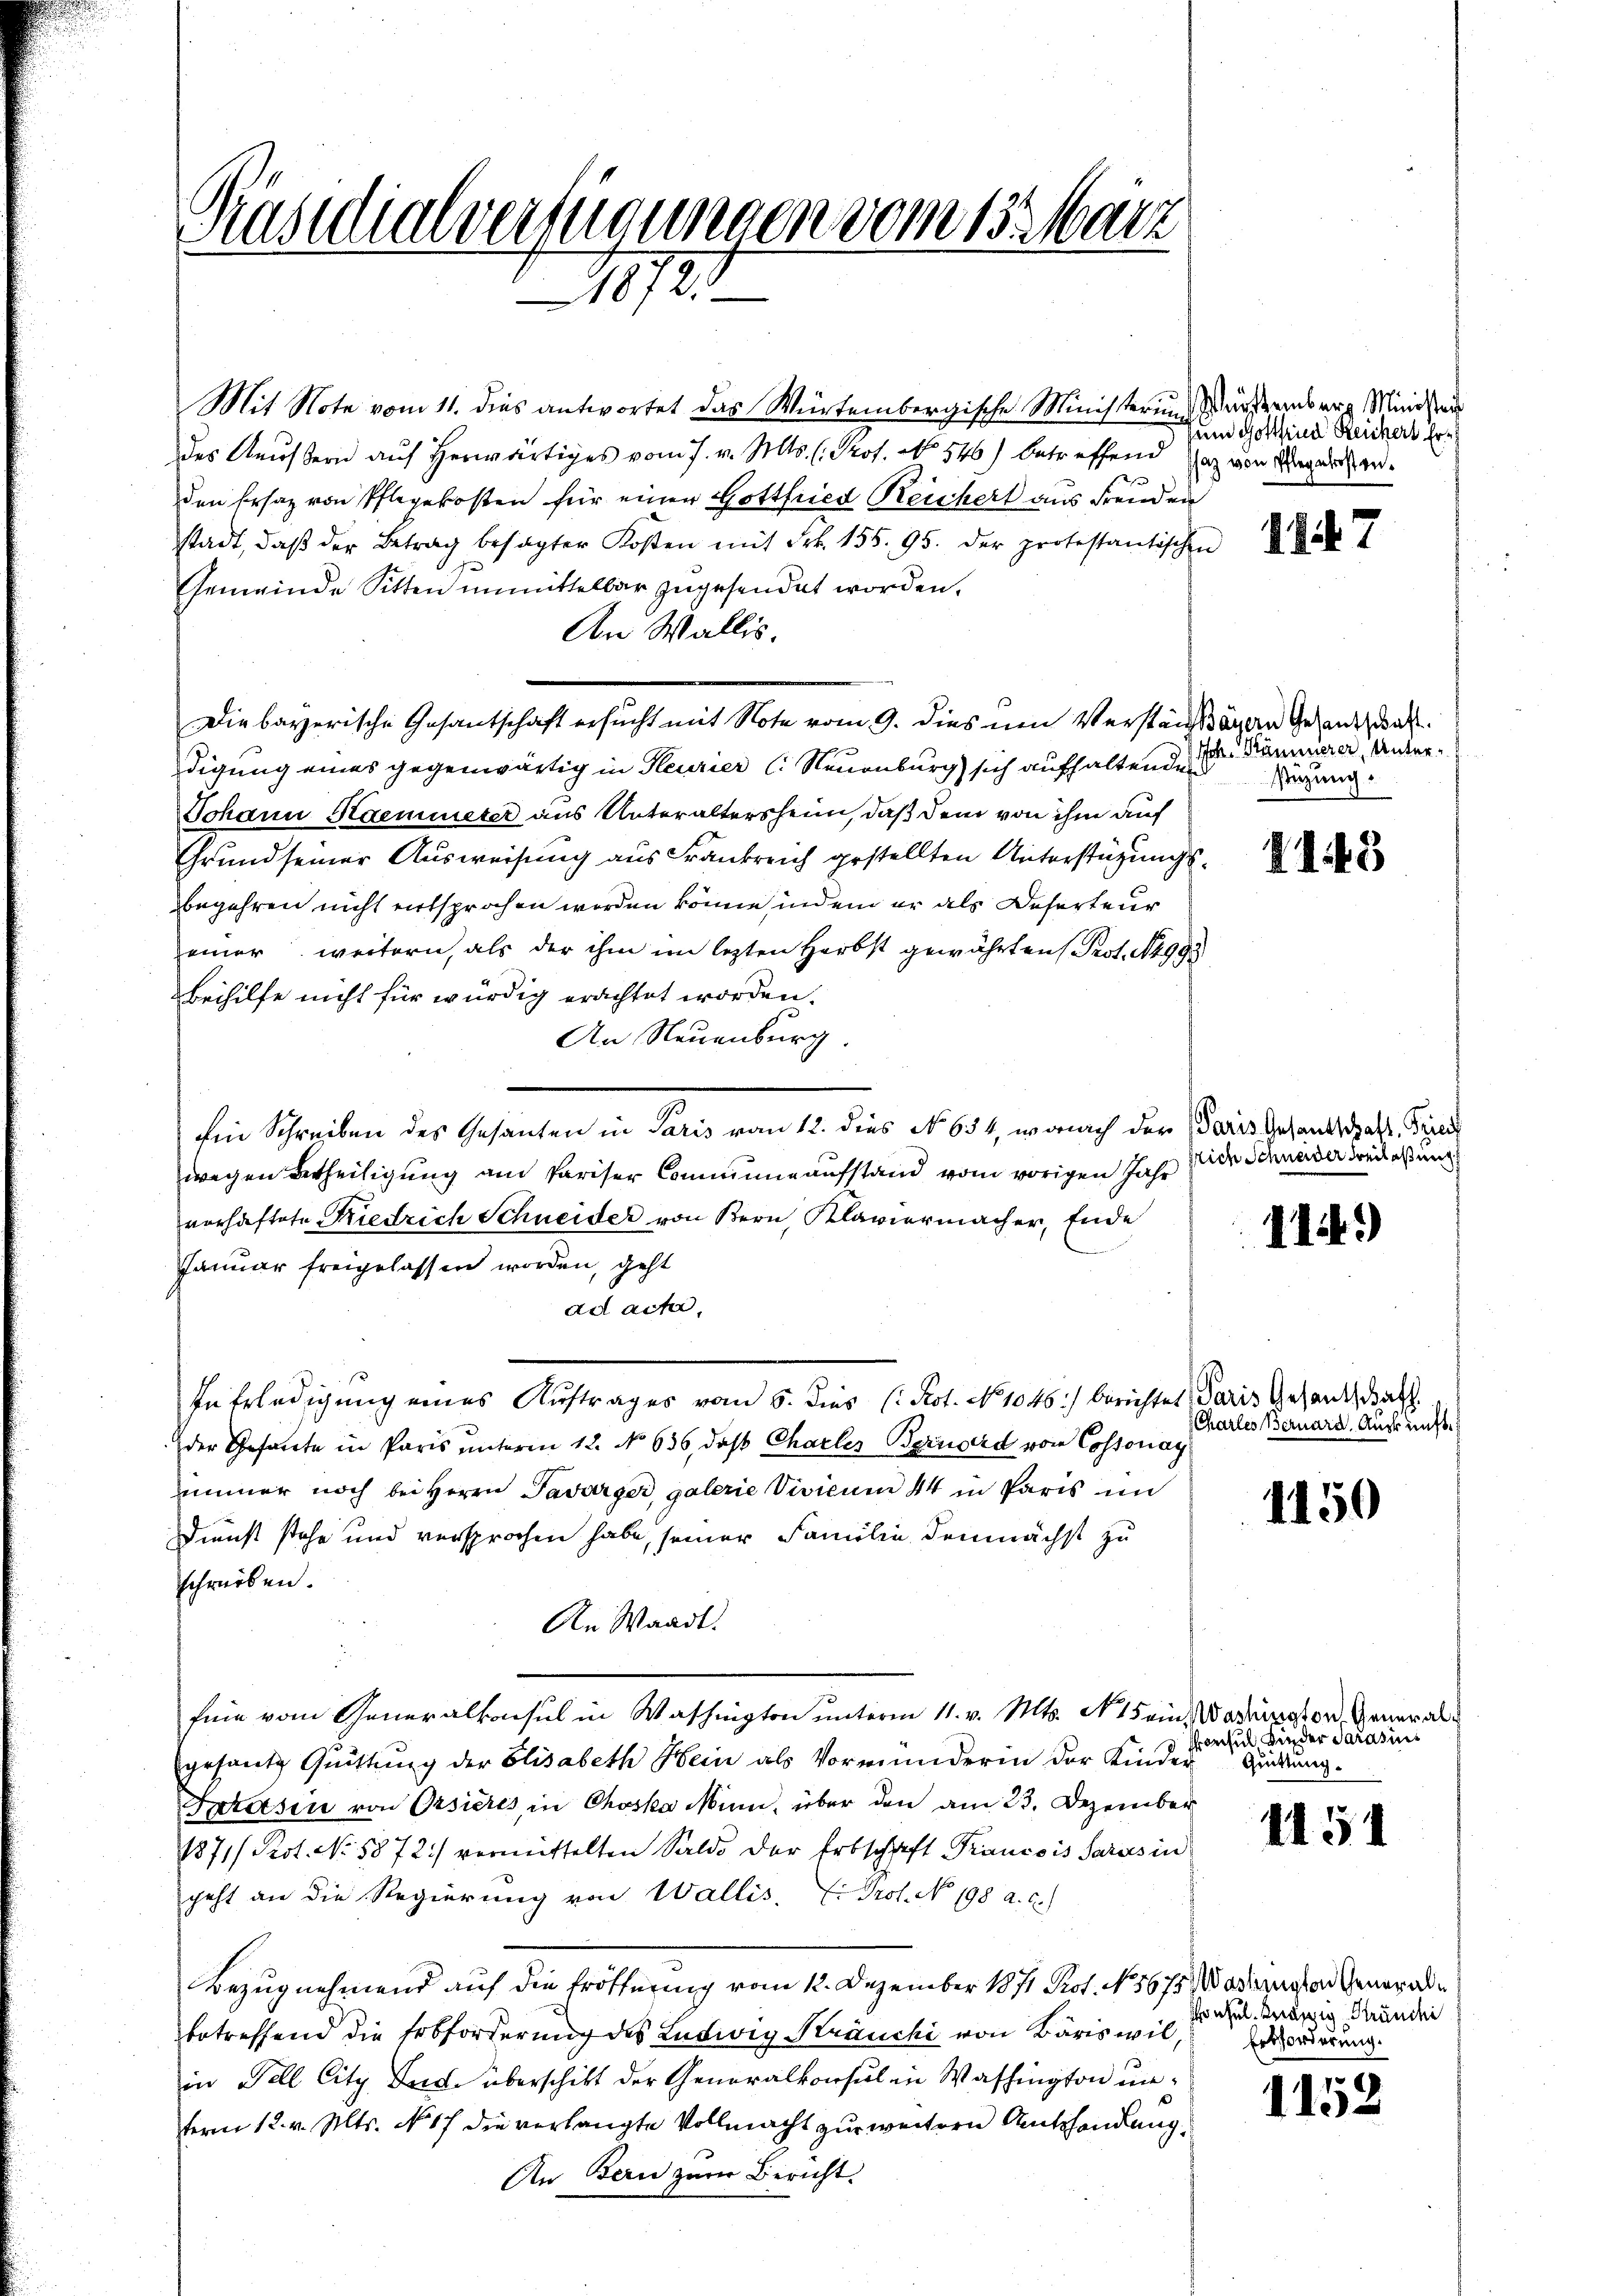
C
Präsidialverzugungen vom 15. März
.
1872

Mit Note vom 11. dies antwortet das Würtembergische Ministerium anderemberg Minister
des Aeussern auf herwärtiges vom 7. v. Mts. (Prof. No. 546) betreffend Tag von Aegerichten.
den Ersatz von Pflegekosten für einen Gottfried Reichert aus Freuden
stadt, daβ der Betrag besagter Kosten mit Frk. 155. 95. der protestantischen
Gemeinde Sitten unmittelbar zugesendet worden.
An Wallis.
digung eines gegenwärtig in Heurier (: Neuenburg) sich aufhaltendes
Johann Haemieter aus Unteraltersheim, daß dem von ihm auf
Grund seiner Ausweisung aus Frankreich gestellten Unterstüzungsbegehren nicht entsprochen werden könne, indem er als Referteur
einer weitern, als der ihm im lezten Herbst gewährten Prot. N. 4993
Beihilfe nicht für würdig erachtet worden.
An Neuenburg.
Ein Schreiben des Gesanten in Paris vom 12. dies No 654, wonach der Paris Gesandtschaft, Frei
wegen Betheiligung am Pariser Communaufstand vom vorigen Jahr
vorhaftete Riedrich Schneider von Bern, Klaviermacher, Ende
Januar freigelassen worden, geht
ad acta,
In Erledigung eines Auftrages vom 5. Diens (Not. No 1046.) berichtet, Paris Gesandschaft
der Gesante in Paris unterm 12. No 636, daß Charler Bernard von Cossonaz
immer noch bei Herrn Tavarger, galerie Vivicum 44 in Paris in
Dienst stehe und versprochen habe, seiner Familie demnächst zu
schreiben.
An Waadt.
fine vom Generalkonsul in Washington unterm 11. v. Mts. N. 15 ein, Wartungsor, Generalgesant Quittung der Elisabeth Hein als Vormunderin der Kinder Guldung.
Tarasen von Orsieres in Choska Minn, über den am 23. Dezember
1871/ Pot. No. 5872.) vermittelten Saldo der Erbschaft Prancois Sarus in
geht an die Regierung von Wallis. E. Prof. No 198 a. c.)
Bezug nehmend auf die Eröffnung vom 12. Dezember 1871 Prot. N 5675, Wartmaten Generalbetreffend die Erbforderung des Ludwig Kräuchi von Bäriswil,
in Fell City Joch überschikt der Generalkonsul in Washington unterm 12. v. Mts. No 17 die verlangte Vollmacht zur weitern Amtshandlung
An Bern zum Bericht.

Die bayerische Gesantschaft ersucht mit Note vom 9. dies um Verstensägen Gesandschaft.

un Gottfried Reichers Er

114

Joh. Prämierer, Unterstüzung.

143

srich Schneider Beilassung f

114.)

Chartes Bernard. Auskunft.

1150

onsul Kinder Sarasins

1151

hul. Kränzig Sträuchi
Erbforderung.

1152